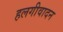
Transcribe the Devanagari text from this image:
हलगीवादन